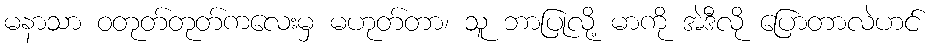
မနာသာ ဝတုတ်တုတ်ကလေးမှ မဟုတ်တာ၊ သူ ဘာပြုလို့ မာကို အဲဒီလို ပြောတာလဲဟင်